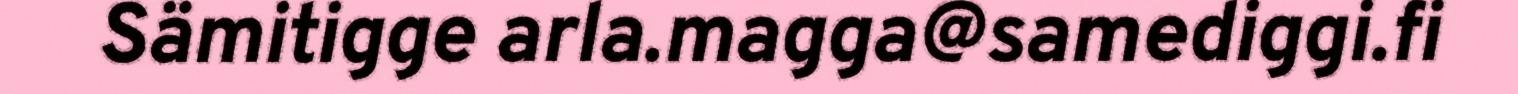
Sämitigge arla.magga@samediggi.fi